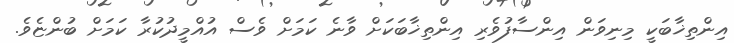
އިންތިޚާބަކީ މިނިވަން އިންސާފުވެރި އިންތިޚާބަކަށް ވާނެ ކަމަށް ވެސް އުއްމީދުކުރާ ކަމަށް ބުންޏެވެ.